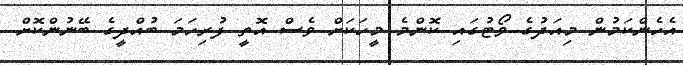
އެހެންކަމުން މިއަދުގެ ވޯޓުގައި ކޮންމެ މީހަކަށް ވެސް އޮތީ ފުރިހަމަ ބުއްދީގެ ބޭނުންކޮށް